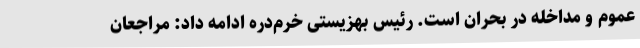
عموم و مداخله در بحران است. رئیس بهزیستی خرم‌دره ادامه داد: مراجعان